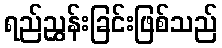
ရည်ညွှန်းခြင်းဖြစ်သည်